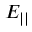
E _ { | | }